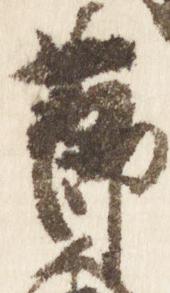
節